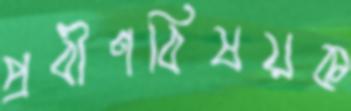
প্রবীণবিষয়ক